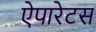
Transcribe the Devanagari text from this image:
ऐपारेटस